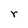
Character: r